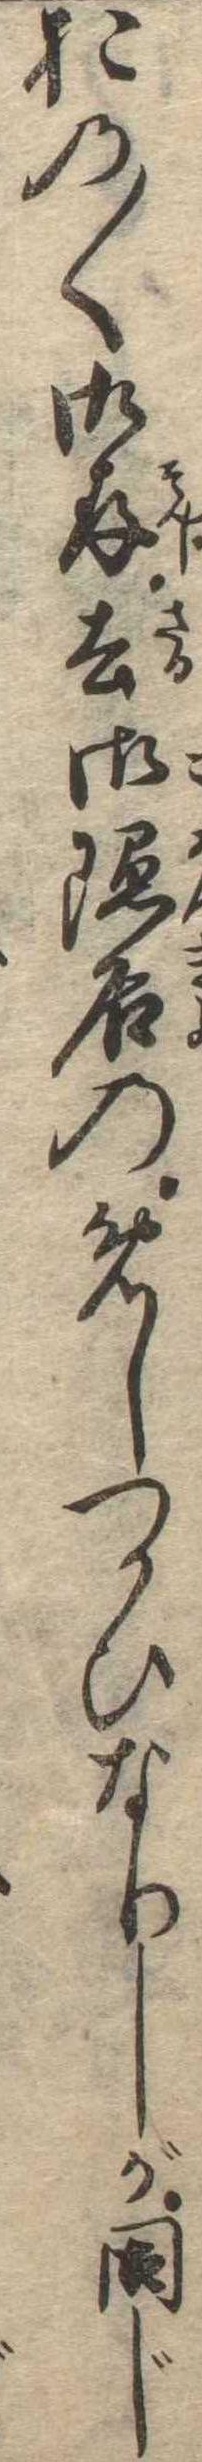
おの〱御存去御隠居のめしつかひなりしが同じ